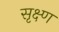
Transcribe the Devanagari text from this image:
सृक्ष्‍ण